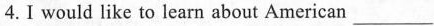
4.Ⅰ would like to learn about American ___